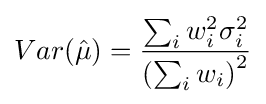
Var({\hat {\mu }})={\frac {\sum _{i}w_{i}^{2}\sigma _{i}^{2}}{\left(\sum _{i}w_{i}\right)^{2}}}